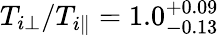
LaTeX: T_{i\perp}/T_{i\parallel}=1.0_{-0.13}^{+0.09}